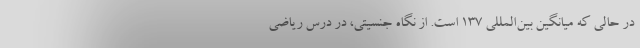
در حالی که میانگین بین‌المللی ۱۳۷ است. از نگاه جنسیتی، در درس ریاضی